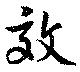
效